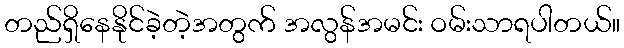
တည်ရှိနေနိုင်ခဲ့တဲ့အတွက် အလွန်အမင်း ဝမ်းသာရပါတယ်။